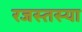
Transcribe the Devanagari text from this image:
रजस्तस्या